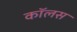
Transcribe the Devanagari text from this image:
कॉलस